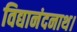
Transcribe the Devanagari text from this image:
विद्यानंदनाथ।